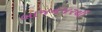
બાજનજરથી